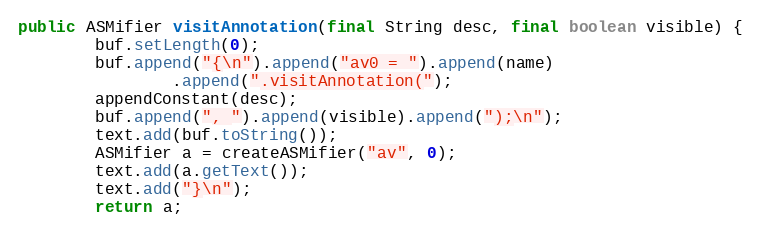
Language: Java
public ASMifier visitAnnotation(final String desc, final boolean visible) {
        buf.setLength(0);
        buf.append("{\n").append("av0 = ").append(name)
                .append(".visitAnnotation(");
        appendConstant(desc);
        buf.append(", ").append(visible).append(");\n");
        text.add(buf.toString());
        ASMifier a = createASMifier("av", 0);
        text.add(a.getText());
        text.add("}\n");
        return a;